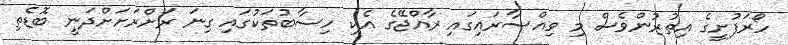
ހޯރަފުށީގެ އިތުރުންވެސް މި ވިއްސާރައިގައި ރާއްޖޭގެ އެކި ހިސާބުތަކުގައި ގިނަ ރަށްރަށަށްދަނީ ބޮޑެތި